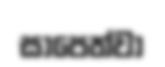
සාපෙත්වා